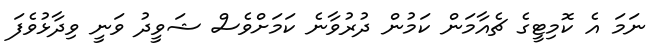
ނަމަ އެ ކޮމިޓީގެ ޗެއާމަން ކަމުން ދުރުވާނެ ކަމަށްވެސް ޝަވީދު ވަނީ ވިދާޅުވެފަ